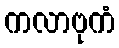
ကလာဗုကံ